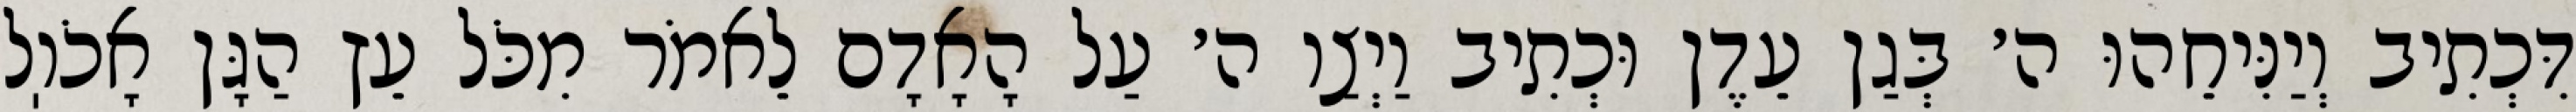
דִּכְתִיב וְיַנִּיחֵהוּ ה׳ בְּגַן עֵדֶן וּכְתִיב וַיְצַו ה׳ עַל הָאָדָם לֵאמֹר מִכֹּל עֵץ הַגָּן אָכֹוֽל